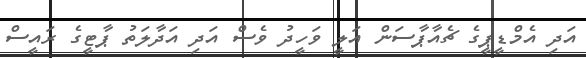
އަދި އެމްޑީޕީގެ ޗެއާޕާސަން އަލީ ވަހީދު ވެސް އަދި އަދާލަތު ޕާޓީގެ ރައީސް